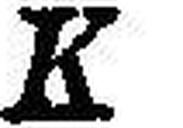
K